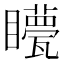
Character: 𥌯